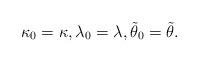
LaTeX: \begin{align*} \kappa_0=\kappa,\lambda_0=\lambda,\tilde\theta_0=\tilde\theta.\end{align*}